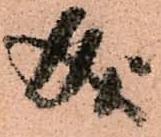
成